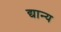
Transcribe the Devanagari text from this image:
द्यान्य